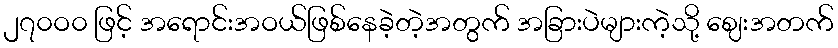
၂၇၀ဝ၀ ဖြင့် အရောင်းအဝယ်ဖြစ်နေခဲ့တဲ့အတွက် အခြားပဲများကဲ့သို့ ဈေးအတက်